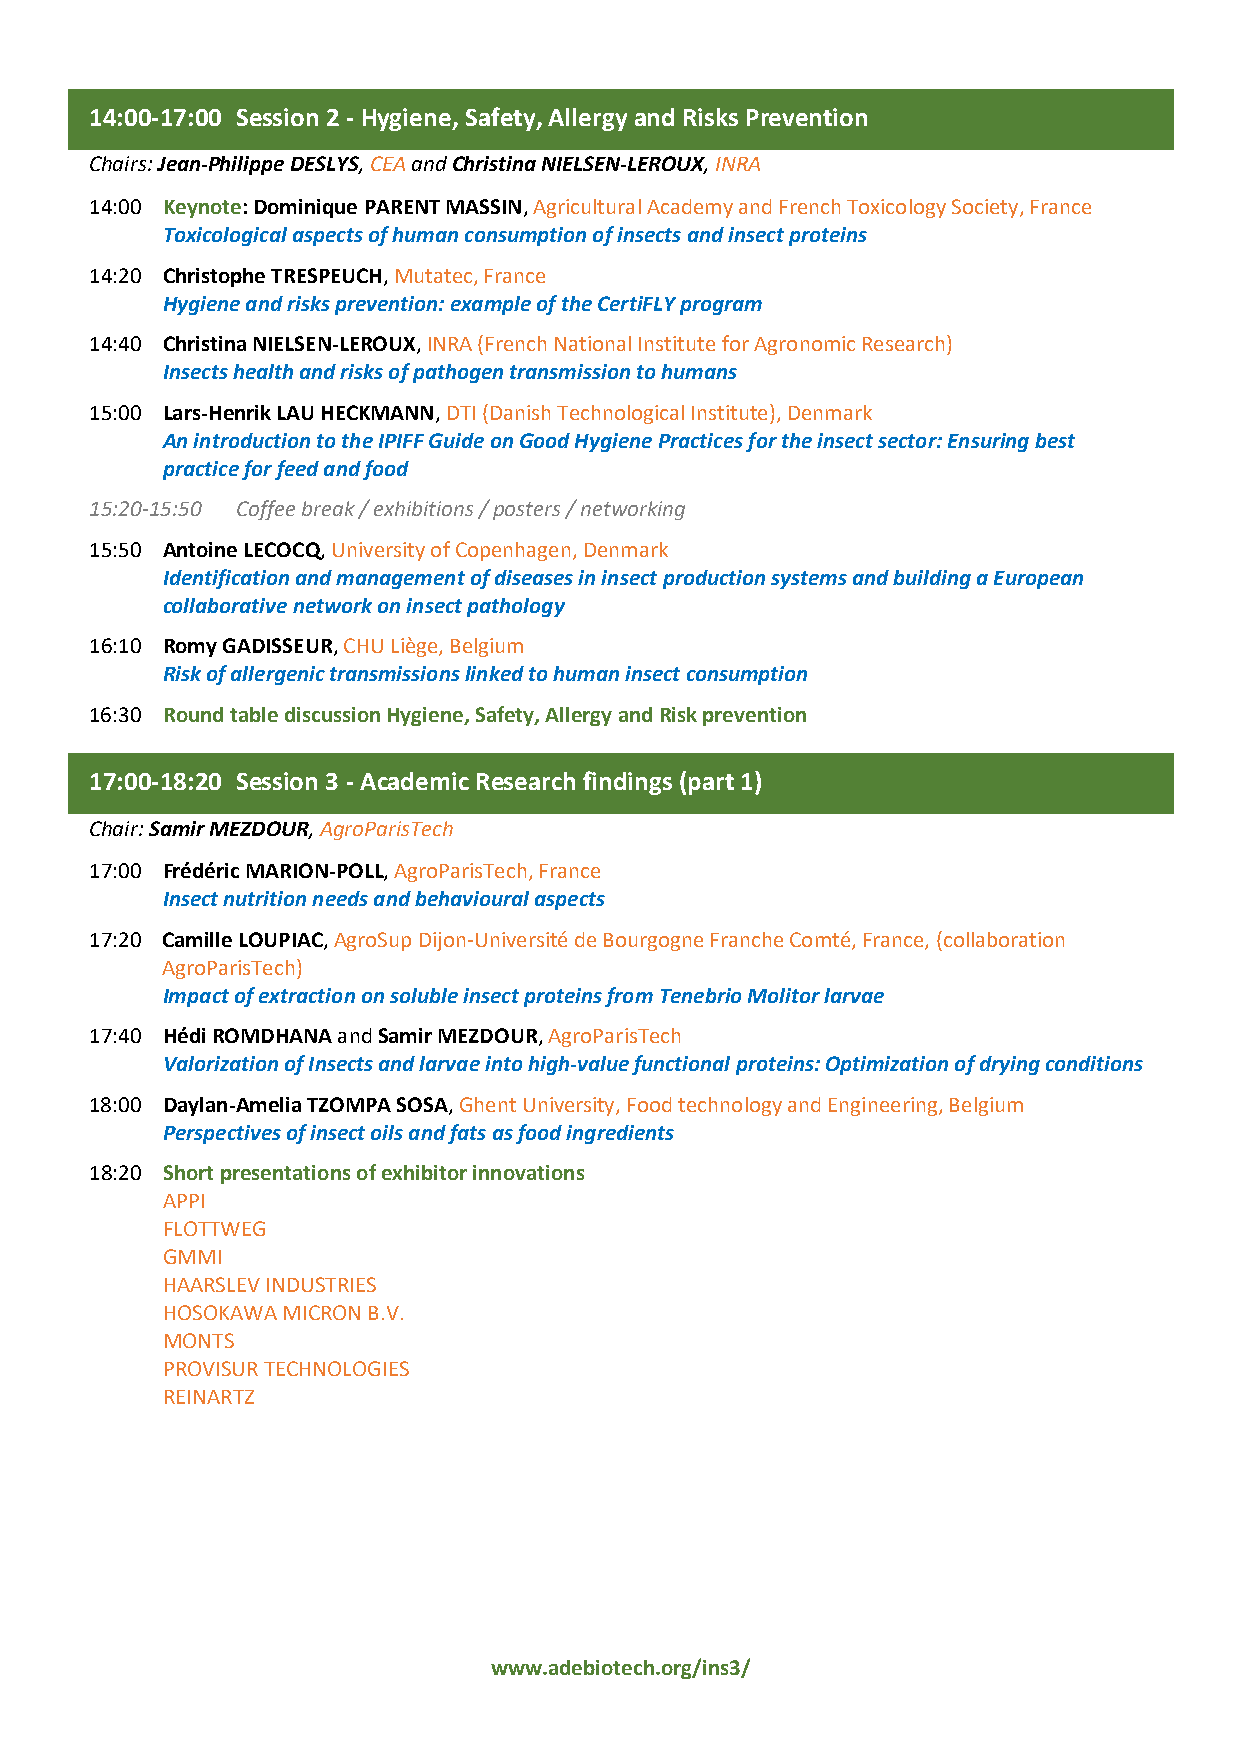
14:00-17:00 Session 2 - Hygiene, Safety, Allergy and Risks Prevention
 Chairs: Jean-Philippe DESLYS, CEA and Christina NIELSEN-LEROUX, INRA
 14:00 Keynote: Dominique PARENT MASSIN, Agricultural Academy and French Toxicology Society, France
 Toxicological aspects of human consumption of insects and insect proteins
 14:20 Christophe TRESPEUCH, Mutatec, France
 Hygiene and risks prevention: example of the CertiFLY program
 14:40 Christina NIELSEN-LEROUX, INRA (French National Institute for Agronomic Research)
 Insects health and risks of pathogen transmission to humans
 15:00 Lars-Henrik LAU HECKMANN, DTI (Danish Technological Institute), Denmark
 An introduction to the IPIFF Guide on Good Hygiene Practices for the insect sector: Ensuring best
 practice for feed and food
 15:20-15:50 Coffee break / exhibitions / posters / networking
 15:50 Antoine LECOCQ, University of Copenhagen, Denmark
 Identification and management of diseases in insect production systems and building a European
 collaborative network on insect pathology
 16:10 Romy GADISSEUR, CHU Liège, Belgium
 Risk of allergenic transmissions linked to human insect consumption
 16:30 Round table discussion Hygiene, Safety, Allergy and Risk prevention
 17:00-18:20 Session 3 - Academic Research findings (part 1)
 Chair: Samir MEZDOUR, AgroParisTech
 17:00 Frédéric MARION-POLL, AgroParisTech, France
 Insect nutrition needs and behavioural aspects
 17:20 Camille LOUPIAC, AgroSup Dijon-Université de Bourgogne Franche Comté, France, (collaboration
 AgroParisTech)
 Impact of extraction on soluble insect proteins from Tenebrio Molitor larvae
 17:40 Hédi ROMDHANA and Samir MEZDOUR, AgroParisTech
 Valorization of Insects and larvae into high-value functional proteins: Optimization of drying conditions
 18:00 Daylan-Amelia TZOMPA SOSA, Ghent University, Food technology and Engineering, Belgium
 Perspectives of insect oils and fats as food ingredients
 18:20 Short presentations of exhibitor innovations
 APPI
 FLOTTWEG
 GMMI
 HAARSLEV INDUSTRIES
 HOSOKAWA MICRON B.V.
 MONTS
 PROVISUR TECHNOLOGIES
 REINARTZ
 www.adebiotech.org/ins3/